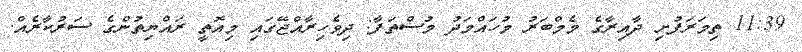
11:39 ތިމަރަފުށި ދާއިރާގެ މެމްބަރު މުހައްމަދު މުސްތަފާ: ދިވެހިރާއްޖޭގައި މިއޮތީ ރައްޔިތުންގެ ސަރުކާރެއް.